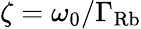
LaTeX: \zeta=\omega_{0}/\Gamma_{\mathrm{Rb}}